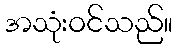
အသုံးဝင်သည်။